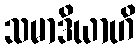
သမာဒိယာဟိ